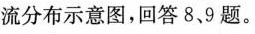
流分布示意图，回答8、9题。